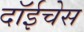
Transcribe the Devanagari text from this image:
दॉईचेस